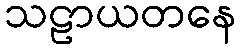
သဠာယတနေ